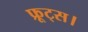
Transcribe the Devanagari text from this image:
फ्रूट्स।